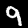
Label: 9